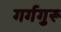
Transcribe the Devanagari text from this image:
गर्गगुरू